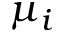
\mu _ { i }